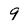
Character: 9